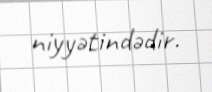
niyyətindədir.